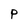
Character: P